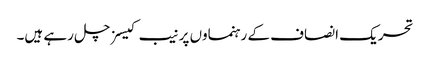
تحریک انصاف کے رہنماوں پر نیب کیسز چل رہے ہیں۔